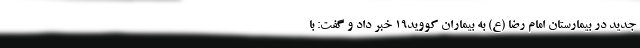
جدید در بیمارستان امام رضا (ع) به بیماران کووید۱۹ خبر داد و گفت: با